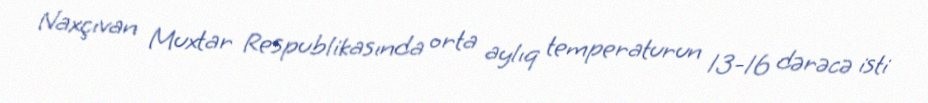
Naxçıvan Muxtar Respublikasında orta aylıq temperaturun 13-16 dərəcə isti